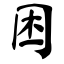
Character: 困